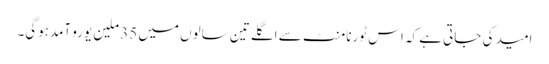
امید کی جاتی ہے کہ اس ٹورنامنٹ سے اگلے تین سالوں میں 35 ملین یورو آمدہوگی۔